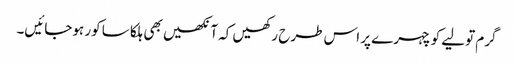
گرم تولیے کو چہرے پر اس طرح رکھیں کہ آنکھیں بھی ہلکا سا کور ہوجائیں۔